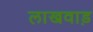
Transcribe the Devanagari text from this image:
लाखवाड़